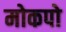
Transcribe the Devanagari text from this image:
मोकपो